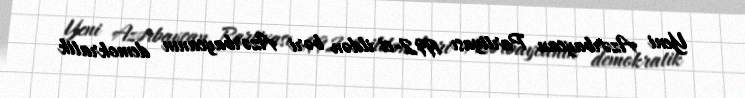
Yeni Azərbaycan Partiyası 1992-ci ildən bəri Azərbaycanın demokratik